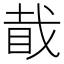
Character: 𥅰